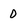
Character: 0